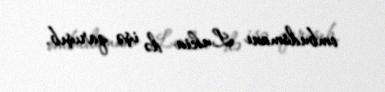
ombudsmanı Lukin də işə qarışıb.